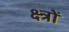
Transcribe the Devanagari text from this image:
क्ष्त्रों